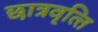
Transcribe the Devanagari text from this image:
छात्रवृत्‍ति